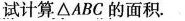
试计算△ABC的面积。